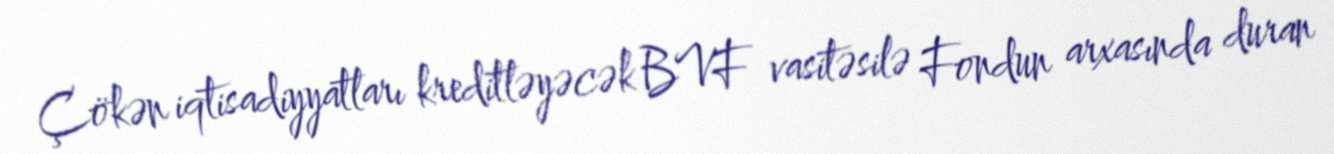
Çökən iqtisadiyyatları kreditləyəcək BVF vasitəsilə Fondun arxasında duran